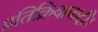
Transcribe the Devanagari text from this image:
प्रतिक्रियावादी।